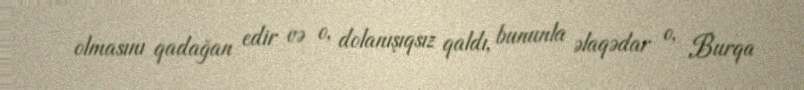
olmasını qadağan edir və o, dolanışıqsız qaldı, bununla əlaqədar o, Burqa